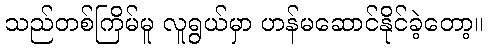
သည်တစ်ကြိမ်မူ လူရွယ်မှာ ဟန်မဆောင်နိုင်ခဲ့တော့။